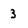
Character: 3